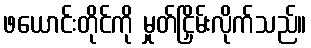
ဖယောင်းတိုင်ကို မှုတ်ငြှိမ်းလိုက်သည်။